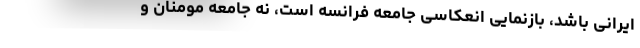
ایرانی باشد، بازنمایی انعکاسی جامعه فرانسه است، نه جامعه مومنان و